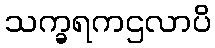
သက္ခရကဌလာပိ